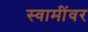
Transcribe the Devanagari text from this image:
स्वामींवर